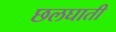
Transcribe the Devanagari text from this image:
छलघाती